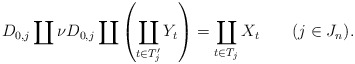
\begin{align*} D_{0,j} \coprod \nu D_{0,j} \coprod \left(\coprod_{t \in T_j'} Y_t\right)=\coprod_{t \in T_j}X_t \qquad(j \in J_n).\end{align*}